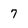
Character: 7